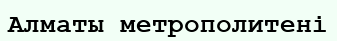
Алматы метрополитені